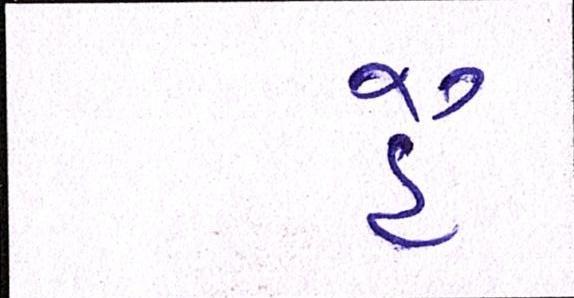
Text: હૈં